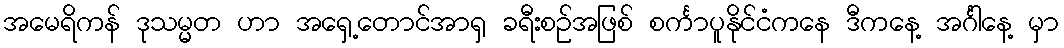
အမေရိကန် ဒုသမ္မတ ဟာ အရှေ့တောင်အာရှ ခရီးစဉ်အဖြစ် စင်္ကာပူနိုင်ငံကနေ ဒီကနေ့ အင်္ဂါနေ့ မှာ